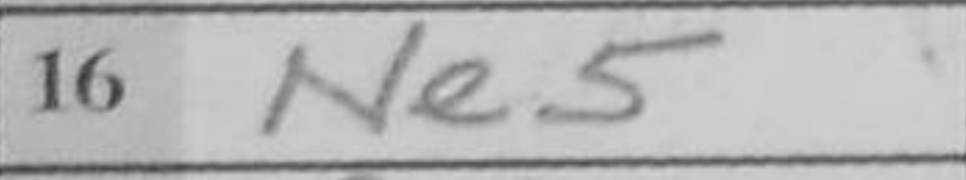
Transcription: Ne5